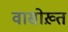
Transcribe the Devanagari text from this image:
वासोख़्त